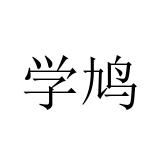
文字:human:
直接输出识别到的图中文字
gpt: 学鸠